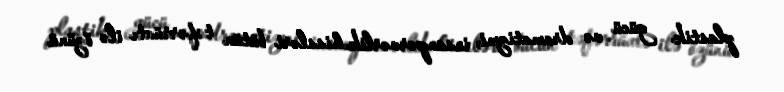
plastik gücü və dramatizmi, insanpərvərlik hissləri bütün təfərrüatı ilə özünü